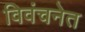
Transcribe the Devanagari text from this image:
विवंचनेत